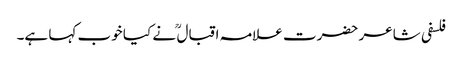
فلسفی شاعر حضرت علامہ اقبال ؒ نے کیا خوب کہا ہے۔